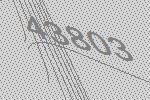
43803